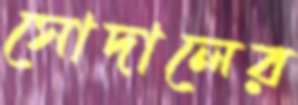
সোদালের